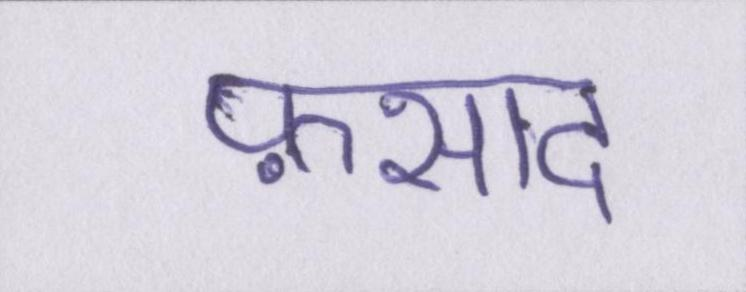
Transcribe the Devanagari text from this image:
फ़साद